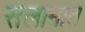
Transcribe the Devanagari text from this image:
सलामात